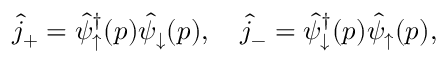
\hat { j } _ { + } = \hat { \psi } _ { \uparrow } ^ { \dagger } ( p ) \hat { \psi } _ { \downarrow } ( p ) , \quad \hat { j } _ { - } = \hat { \psi } _ { \downarrow } ^ { \dagger } ( p ) \hat { \psi } _ { \uparrow } ( p ) ,